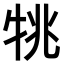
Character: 𤙔